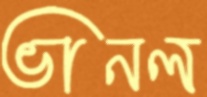
ভানল